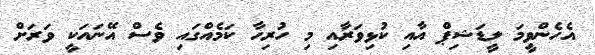
އެހެންވީމަ ލީޑަޝިޕް އާއި ކުޅިވަރާއި މި ހުރިހާ ކަމެއްގައި ވެސް އޭނައަކީ ވަރަށް